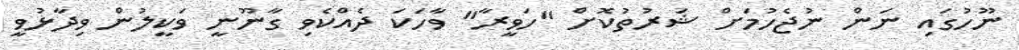
ނޫހުގައި ނަން ނުޖެހުމަށް ޝަރުތުކޮށް "ހަވީރާ" ވާހަކަ ދެއްކެވި ގާނޫނީ ވަކީލުން ވިދާޅުވީ